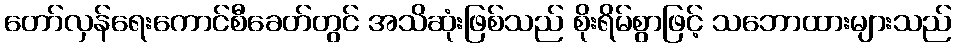
တော်လှန်ရေးကောင်စီခေတ်တွင် အသိဆုံးဖြစ်သည် စိုးရိမ်စွာဖြင့် သဘောထားများသည်